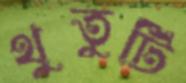
থুতুটি